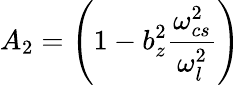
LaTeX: A_{2}=\left(1-b_{z}^{2}\frac{\omega_{cs}^{2}}{\omega_{l}^{2}}\right)